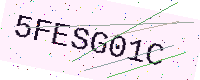
Text: 5FESG01C